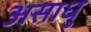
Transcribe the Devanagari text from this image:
असाधु